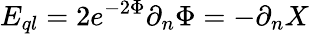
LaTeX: E_{ql}=2e^{-2\Phi}\partial_{n}\Phi=-\partial_{n}X\,